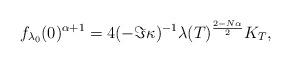
LaTeX: \begin{align*} f _{ \lambda _0 } (0) ^{\alpha +1} = 4 (-\Im \kappa )^{-1} \lambda (T) ^{\frac {2-N\alpha } {2}} K_T,\end{align*}